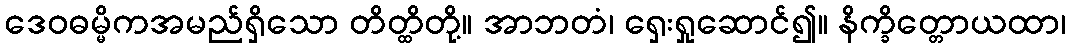
ဒေဝဓမ္မိကအမည်ရှိသော တိတ္ထိတို့။ အာဘတံ၊ ရှေးရှုဆောင်၍။ နိက္ခိတ္တောယထာ၊